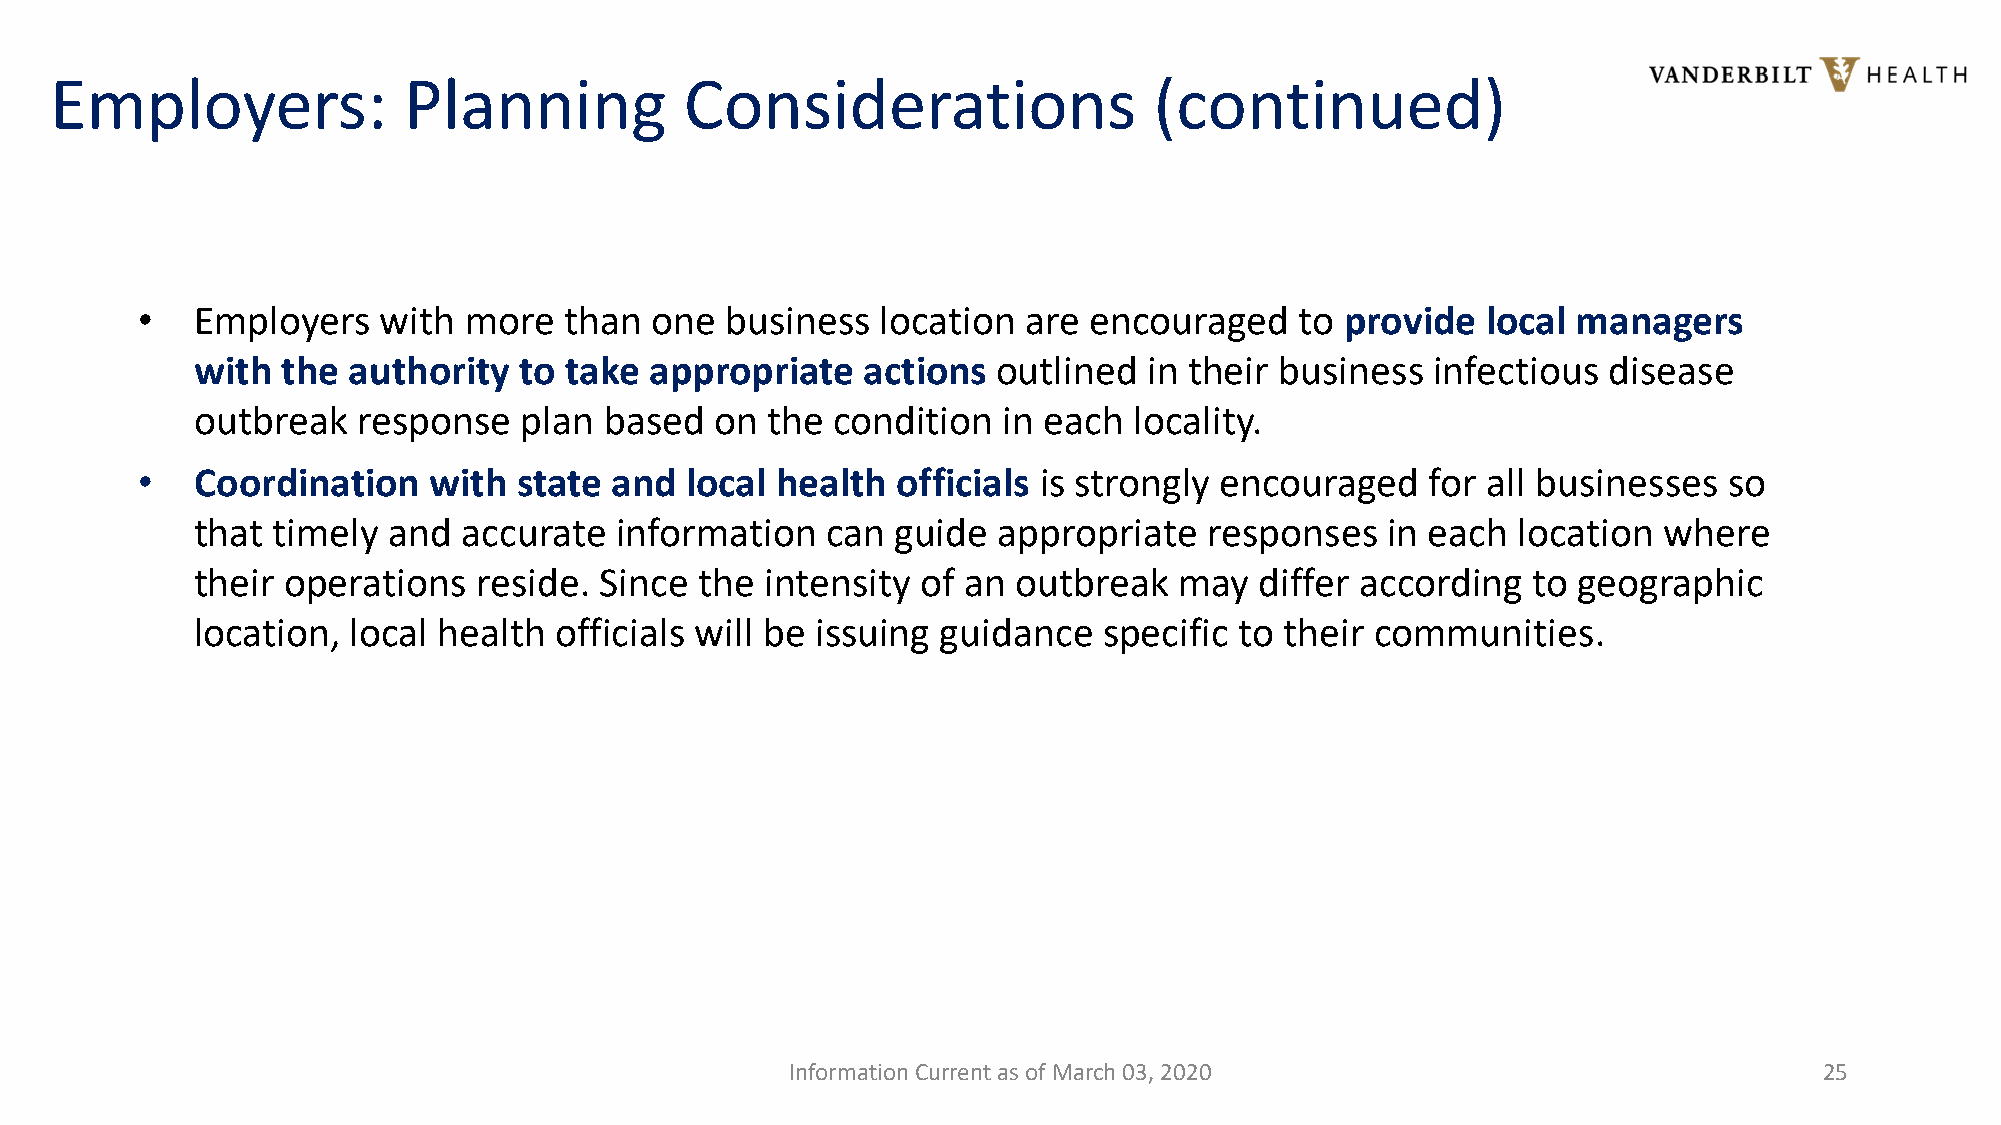
Employers:              Planning          Considerations                 (continued)
 •   Employers   with  more  than  one  business  location  are encouraged    to provide  local managers
 with  the authority  to take  appropriate   actions  outlined  in their business  infectious disease
 outbreak   response  plan  based  on  the condition  in each  locality.
 •   Coordination   with  state and  local health  officials is strongly encouraged    for all businesses so
 that timely  and  accurate  information   can guide  appropriate   responses   in each location  where
 their operations  reside.  Since the  intensity of an outbreak   may  differ according  to geographic
 location, local health  officials will be issuing guidance  specific to their communities.
 Information Current as of March 03, 2020                             25